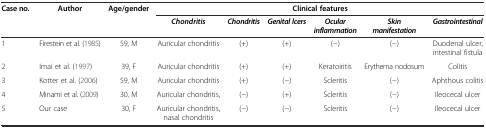
<table><thead><tr><td rowspan="2"><b>Case no.</b></td><td rowspan="2"><b>Author</b></td><td rowspan="2"><b>Age/gender</b></td><td colspan="6"><b>Clinical features</b></td></tr><tr><td><b><i>Chondritis</i></b></td><td><b><i>Chondritis</i></b></td><td><b><i>Genital lcers</i></b></td><td><b><i>Ocular inflammation</i></b></td><td><b><i>Skin manifestation</i></b></td><td><b><i>Gastrointestinal</i></b></td></tr></thead><tbody><tr><td>1</td><td>Firestein et al. (1985)</td><td>59, M</td><td>Auricular chondritis</td><td>(+)</td><td>(+)</td><td>(−)</td><td>(−)</td><td>Duodenal ulcer, intestinal fistula</td></tr><tr><td>2</td><td>Imai et al. (1997)</td><td>39, F</td><td>Auricular chondritis</td><td>(+)</td><td>(+)</td><td>Keratoiritis</td><td>Erythema nodosum</td><td>Colitis</td></tr><tr><td>3</td><td>Kotter et al. (2006)</td><td>59, M</td><td>Auricular chondritis</td><td>(+)</td><td>(−)</td><td>Scleritis</td><td>(−)</td><td>Aphthous colitis</td></tr><tr><td>4</td><td>Minami et al. (2009)</td><td>30, M</td><td>Auricular chondritis,</td><td>(−)</td><td>(+)</td><td>Scleritis</td><td>(−)</td><td>Ileocecal ulcer</td></tr><tr><td>5</td><td>Our case</td><td>30, F</td><td>Auricular chondritis, nasal chondritis</td><td>(−)</td><td>(−)</td><td>Scleritis</td><td>(−)</td><td>Ileocecal ulcer</td></tr></tbody></table>